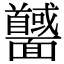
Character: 𩉕